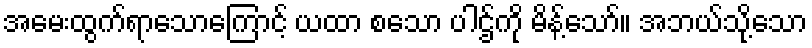
အမေးထွက်ရာသောကြောင့် ယထာ စသော ပါဌ်ကို မိန့်သော်။ အဘယ်သို့သော